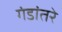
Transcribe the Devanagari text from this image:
गंडांतरे